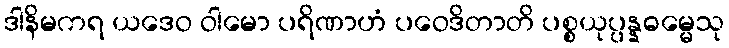
ဒါနိမကရ ယဒေဝ ဝါမော ပရိဏာဟံ ပဝေဒိတာတိ ပစ္စယုပ္ပန္နဓမ္မေသု